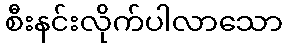
စီးနင်းလိုက်ပါလာသော